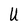
Character: U